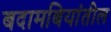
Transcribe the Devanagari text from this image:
बदामबियांतील